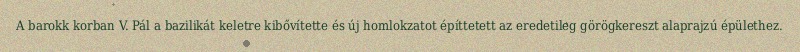
A barokk korban V. Pál a bazilikát keletre kibővítette és új homlokzatot építtetett az eredetileg görögkereszt alaprajzú épülethez.